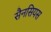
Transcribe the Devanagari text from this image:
सैनसियस